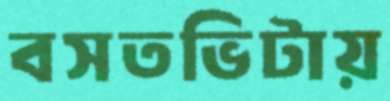
বসতভিটায়